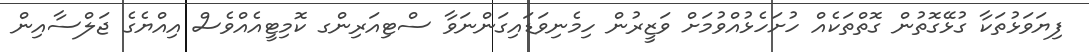
ފިޔަވަޅުތަކާ ގުޅޭގޮތުން ގޮތްތަކެއް ހުށަހެޅުއްވުމަށް ވަޒީރުން ހިމެނިވަޑައިގަންނަވާ ސްޓިއަރިންގ ކޮމިޓީއެއްވެސް އިއްޔެގެ ޖަލްސާއިން